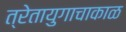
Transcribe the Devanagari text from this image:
त्रेतायुगाचाकाळ